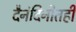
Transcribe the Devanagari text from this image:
दैनंदिनीतही